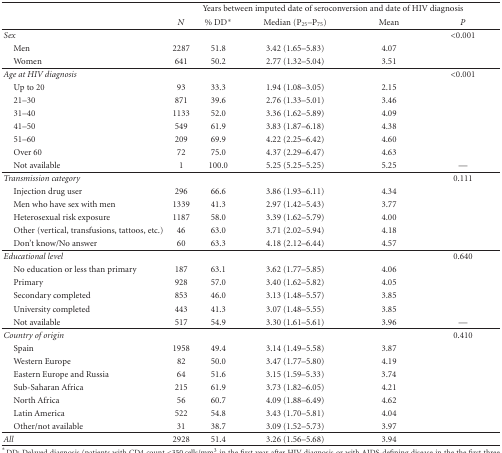
<table><thead><tr><td></td><td colspan="5"><b>Years between imputed date of seroconversion and date of HIV diagnosis</b></td></tr><tr><td></td><td><b><i>N</i></b></td><td><b>% DD*</b></td><td><b>Median (P<sub>25</sub>–P<sub>75</sub>)</b></td><td><b>Mean</b></td><td><b><i>P</i></b></td></tr></thead><tbody><tr><td><i>Sex</i></td><td></td><td></td><td></td><td></td><td>&lt;0.001</td></tr><tr><td> Men</td><td>2287</td><td>51.8</td><td>3.42 (1.65–5.83)</td><td>4.07</td><td></td></tr><tr><td> Women</td><td>641</td><td>50.2</td><td>2.77 (1.32–5.04)</td><td>3.51</td><td></td></tr><tr><td><i>Age at HIV diagnosis </i></td><td></td><td></td><td></td><td></td><td>&lt;0.001</td></tr><tr><td> Up to 20</td><td>93</td><td>33.3</td><td>1.94 (1.08–3.05)</td><td>2.15</td><td></td></tr><tr><td> 21–30</td><td>871</td><td>39.6</td><td>2.76 (1.33–5.01)</td><td>3.46</td><td></td></tr><tr><td> 31–40</td><td>1133</td><td>52.0</td><td>3.36 (1.62–5.89)</td><td>4.09</td><td></td></tr><tr><td> 41–50</td><td>549</td><td>61.9</td><td>3.83 (1.87–6.18)</td><td>4.38</td><td></td></tr><tr><td> 51–60</td><td>209</td><td>69.9</td><td>4.22 (2.25–6.42)</td><td>4.60</td><td></td></tr><tr><td> Over 60</td><td>72</td><td>75.0</td><td>4.37 (2.29–6.47)</td><td>4.63</td><td></td></tr><tr><td> Not available</td><td>1</td><td>100.0</td><td>5.25 (5.25–5.25)</td><td>5.25</td><td>—</td></tr><tr><td><i>Transmission category</i></td><td></td><td></td><td></td><td></td><td>0.111</td></tr><tr><td> Injection drug user</td><td>296</td><td>66.6</td><td>3.86 (1.93–6.11)</td><td>4.34</td><td></td></tr><tr><td> Men who have sex with men</td><td>1339</td><td>41.3</td><td>2.97 (1.42–5.43)</td><td>3.77</td><td></td></tr><tr><td> Heterosexual risk exposure</td><td>1187</td><td>58.0</td><td>3.39 (1.62–5.79)</td><td>4.00</td><td></td></tr><tr><td> Other (vertical, transfusions, tattoos, etc.)</td><td>46</td><td>63.0</td><td>3.71 (2.02–5.94)</td><td>4.18</td><td></td></tr><tr><td> Don&#x27;t know/No answer</td><td>60</td><td>63.3</td><td>4.18 (2.12–6.44)</td><td>4.57</td><td></td></tr><tr><td><i>Educational level</i></td><td></td><td></td><td></td><td></td><td>0.640</td></tr><tr><td> No education or less than primary</td><td>187</td><td>63.1</td><td>3.62 (1.77–5.85)</td><td>4.06</td><td></td></tr><tr><td> Primary</td><td>928</td><td>57.0</td><td>3.40 (1.62–5.82)</td><td>4.05</td><td></td></tr><tr><td> Secondary completed</td><td>853</td><td>46.0</td><td>3.13 (1.48–5.57)</td><td>3.85</td><td></td></tr><tr><td> University completed</td><td>443</td><td>41.3</td><td>3.07 (1.48–5.55)</td><td>3.85</td><td></td></tr><tr><td> Not available</td><td>517</td><td>54.9</td><td>3.30 (1.61–5.61)</td><td>3.96</td><td>— </td></tr><tr><td><i>Country of origin</i></td><td></td><td></td><td></td><td></td><td>0.410</td></tr><tr><td> Spain</td><td>1958</td><td>49.4</td><td>3.14 (1.49–5.58)</td><td>3.87</td><td></td></tr><tr><td> Western Europe</td><td>82</td><td>50.0</td><td>3.47 (1.77–5.80)</td><td>4.19</td><td></td></tr><tr><td> Eastern Europe and Russia</td><td>64</td><td>51.6</td><td>3.15 (1.59–5.33)</td><td>3.74</td><td></td></tr><tr><td> Sub-Saharan Africa</td><td>215</td><td>61.9</td><td>3.73 (1.82–6.05)</td><td>4.21</td><td></td></tr><tr><td> North Africa</td><td>56</td><td>60.7</td><td>4.09 (1.88–6.49)</td><td>4.62</td><td></td></tr><tr><td> Latin America</td><td>522</td><td>54.8</td><td>3.43 (1.70–5.81)</td><td>4.04</td><td></td></tr><tr><td> Other/not available</td><td>31</td><td>38.7</td><td>3.09 (1.52–5.73)</td><td>3.97</td><td></td></tr><tr><td><i>All</i></td><td>2928</td><td>51.4</td><td>3.26 (1.56–5.68)</td><td>3.94</td><td></td></tr></tbody></table>